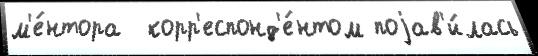
м'е́нтора  корр'еспонд'е́нтом поjав'и́лась